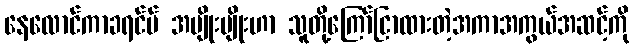
နေလောင်ကာခရင်မ် အမျိုးမျိုးဟာ သူတို့ကြော်ငြာထားတဲ့အကာအကွယ်အဆင့်ကို